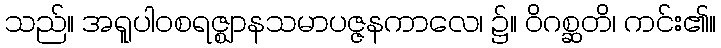
သည်။ အရူပါဝစရဇ္ဈာနသမာပဇ္ဇနကာလေ၊ ၌။ ဝိဂစ္ဆတိ၊ ကင်း၏။